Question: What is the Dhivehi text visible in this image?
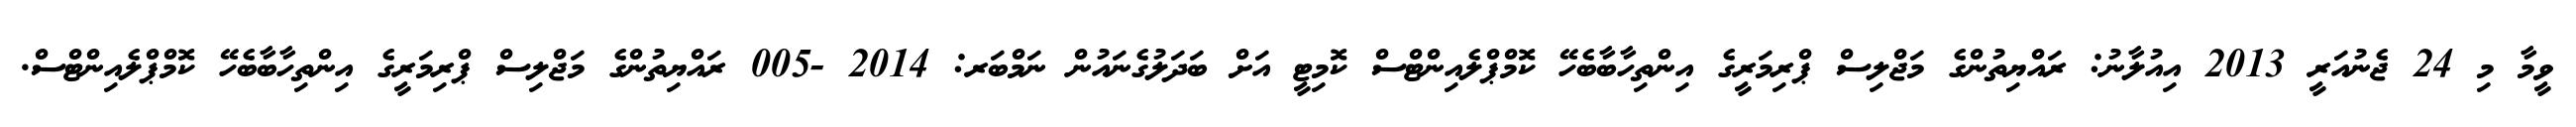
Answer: ވީމާ މި 24 ޖެނުއަރީ 2013 އިއުލާނު: ރައްޔިތުންގެ މަޖްލިސް ޕްރިމަރީގެ އިންތިހާބާބެހޭ ކޮމްޕްލެއިންޓްސް ކޮމިޓީ އަށް ބަދަލުގެނައުން ނަމްބަރ: 2014 -005 ރައްޔިތުންގެ މަޖްލިސް ޕްރިމަރީގެ އިންތިހާބާބެހޭ ކޮމްޕްލެއިންޓްސް.